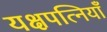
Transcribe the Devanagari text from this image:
यक्षपत्नियाँ